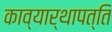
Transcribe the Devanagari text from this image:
काव्यार्थापत्ति